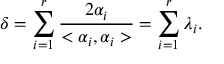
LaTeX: \delta = \sum _ { i = 1 } ^ { r } \frac { 2 \alpha _ { i } } { < \alpha _ { i } , \alpha _ { i } > } = \sum _ { i = 1 } ^ { r } \lambda _ { i } .